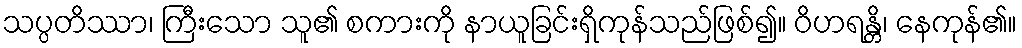
သပ္ပတိဿာ၊ ကြီးသော သူ၏ စကားကို နာယူခြင်းရှိကုန်သည်ဖြစ်၍။ ဝိဟရန္တိ၊ နေကုန်၏။